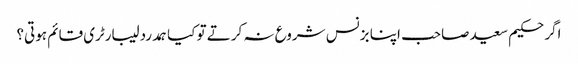
اگر حکیم سعید صاحب اپنا بزنس شروع نہ کرتے تو کیا ہمدرد لیبارٹری قائم ہوتی؟